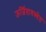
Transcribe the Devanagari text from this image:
ऊर्जितावस्थेत